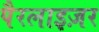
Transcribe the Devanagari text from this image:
पैरलाइज़र